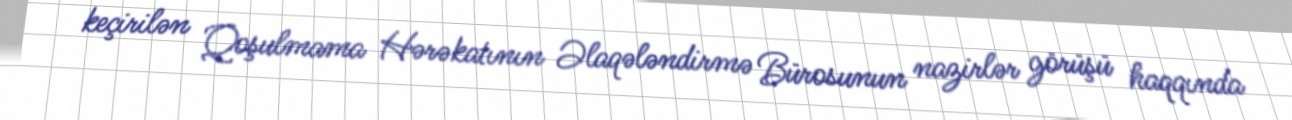
keçirilən Qoşulmama Hərəkatının Əlaqələndirmə Bürosunun nazirlər görüşü haqqında